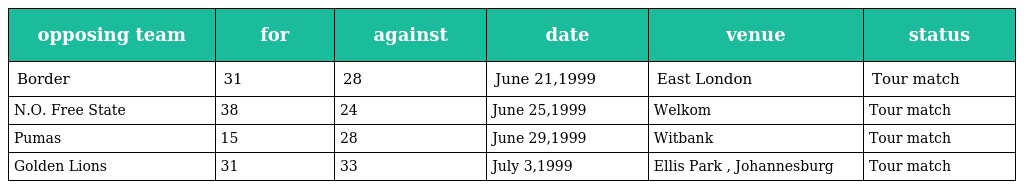
| opposing team | for | against | date | venue | status |
 | --- | --- | --- | --- | --- | --- |
 | Border | 31 | 28 | June 21,1999 | East London | Tour match |
 | N.O. Free State | 38 | 24 | June 25,1999 | Welkom | Tour match |
 | Pumas | 15 | 28 | June 29,1999 | Witbank | Tour match |
 | Golden Lions | 31 | 33 | July 3,1999 | Ellis Park , Johannesburg | Tour match |